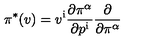
\pi ^ { * } ( v ) = v ^ { \mathrm { i } } { \frac { \partial \pi ^ { \alpha } } { \partial p ^ { \mathrm { i } } } } { \frac { \partial } { \partial \pi ^ { \alpha } } }